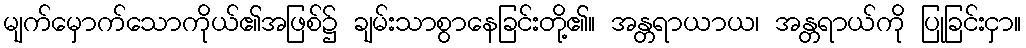
မျက်မှောက်သောကိုယ်၏အဖြစ်၌ ချမ်းသာစွာနေခြင်းတို့၏။ အန္တရာယာယ၊ အန္တရာယ်ကို ပြုခြင်းငှာ။